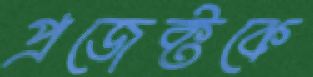
প্রজেক্টকে